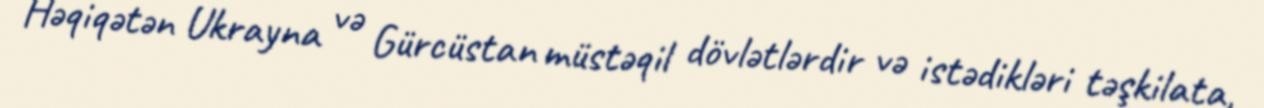
Həqiqətən Ukrayna və Gürcüstan müstəqil dövlətlərdir və istədikləri təşkilata,